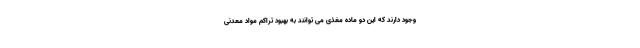
وجود دارند که این دو ماده مغذی می توانند به بهبود تراکم مواد معدنی